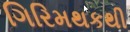
ગિરિમથકથી